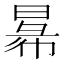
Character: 𢑢